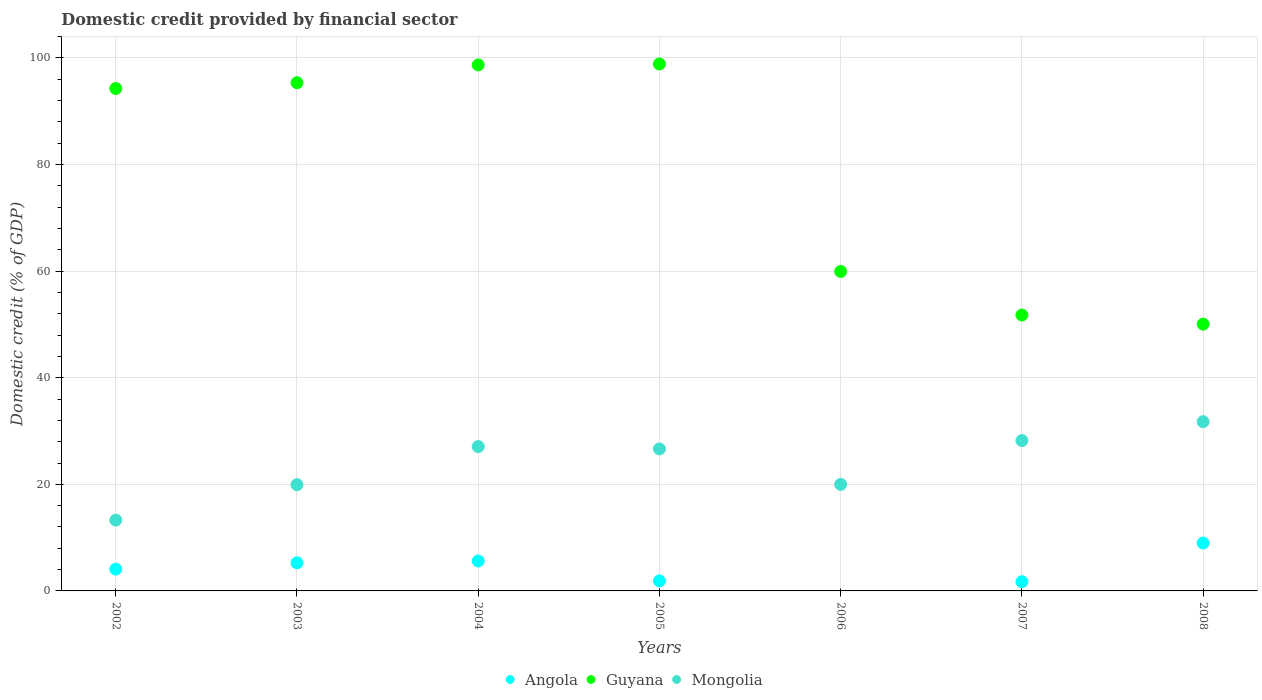
| Years | Angola | Guyana | Mongolia |
 | --- | --- | --- | --- |
 | 2002 | 4.09 | 94.3 | 13.3 |
 | 2003 | 5.28 | 95.4 | 19.9 |
 | 2004 | 5.62 | 98.7 | 27.1 |
 | 2005 | 1.88 | 98.9 | 26.6 |
 | 2006 | -4 | 59.9 | 20 |
 | 2007 | 1.74 | 51.8 | 28.2 |
 | 2008 | 8.98 | 50.1 | 31.8 |